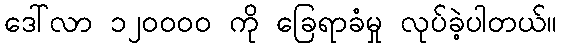
ဒေါ်လာ ၁၂၀၀၀၀ ကို ခြေရာခံမှု လုပ်ခဲ့ပါတယ်။